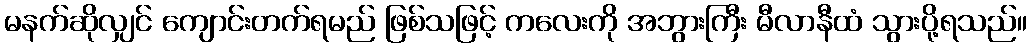
မနက်ဆိုလျှင် ကျောင်းတက်ရမည် ဖြစ်သဖြင့် ကလေးကို အဘွားကြီး မီလာနီထံ သွားပို့ရသည်။